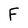
Character: F